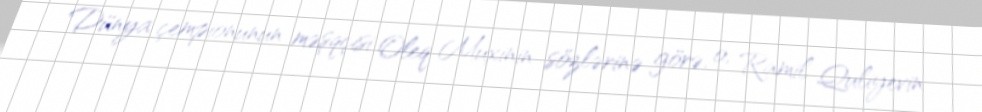
Dünya çempionunun məşqçisi Oleq Muxinin sözlərinə görə, o, Ramil Quliyevin